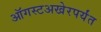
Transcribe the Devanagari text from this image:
ऑगस्टअखेरपर्यंत